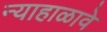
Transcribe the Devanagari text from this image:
न्याहाळावे